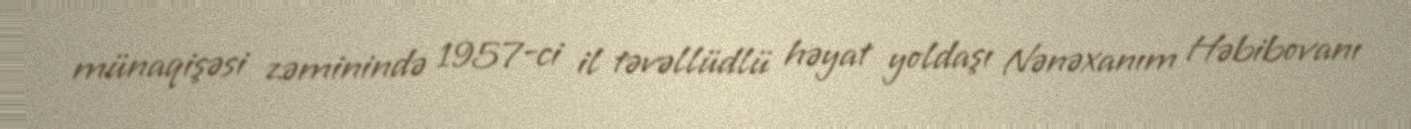
münaqişəsi zəminində 1957-ci il təvəllüdlü həyat yoldaşı Nənəxanım Həbibovanı